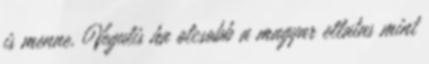
is menne. Vegulis ha olcsobb a magyar ellatas mint